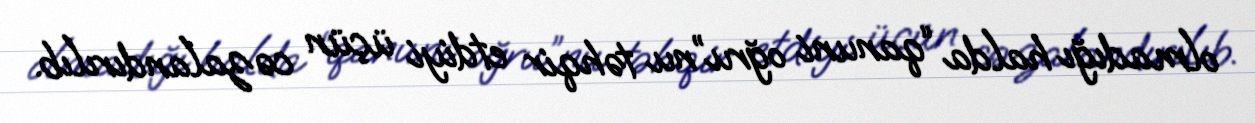
olmadığı halda “qanuni oğru”nu təhqir etdiyi üçün cəzalandırılıb.